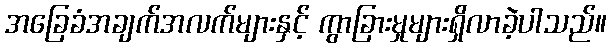
အခြေခံအချက်အလက်များနှင့် ကွာခြားမှုများရှိလာခဲ့ပါသည်။